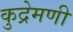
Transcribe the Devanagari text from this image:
कुद्रेमणी